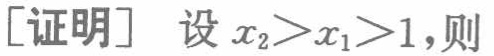
1.(2019·柳州)如图,这是一个机械零部件,则从左面看该零部件得到的图形是 （  ）